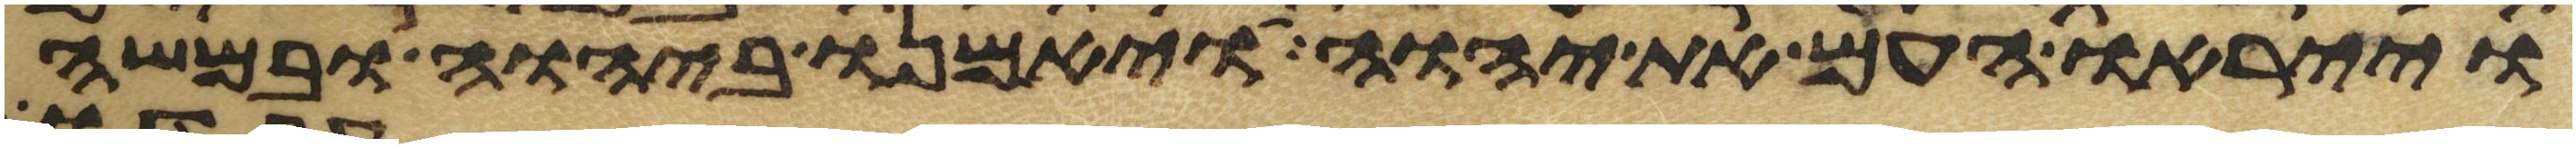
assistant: וייראו העם את יהוה ויאמנו ביהוה ובמשה